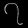
Digit: ၇